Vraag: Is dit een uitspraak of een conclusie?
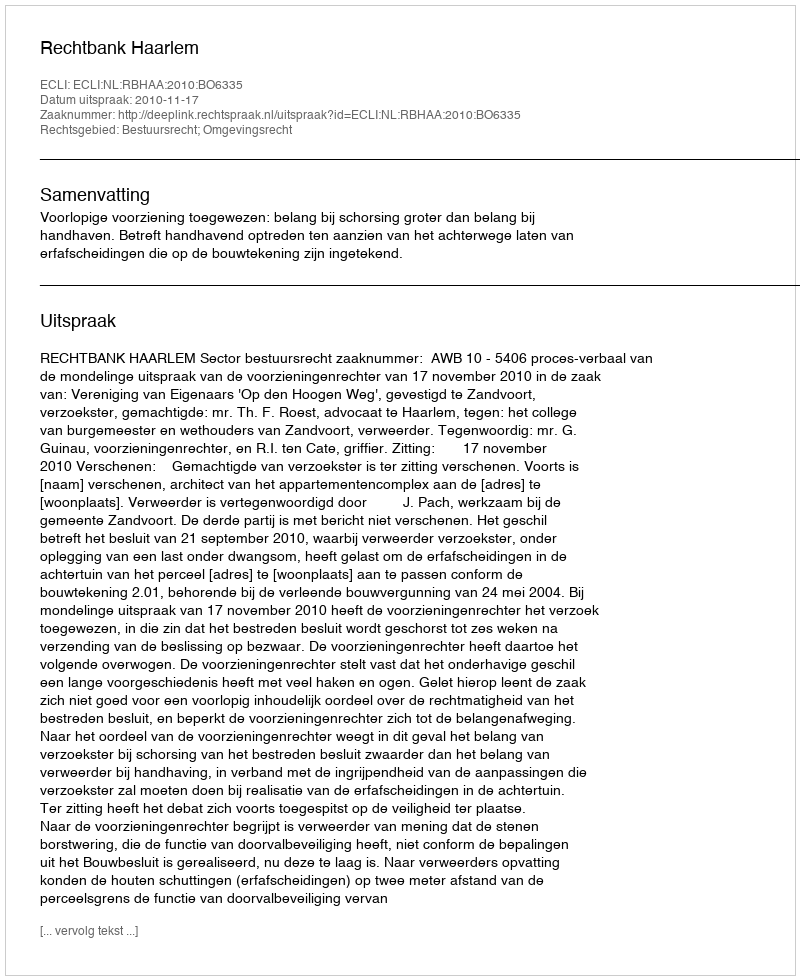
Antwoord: Uitspraak